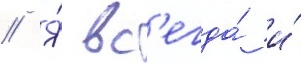
// Я́ вс'егда́ и́